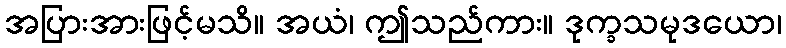
အပြားအားဖြင့်မသိ။ အယံ၊ ဤသည်ကား။ ဒုက္ခသမုဒယော၊